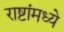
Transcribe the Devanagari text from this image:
राष्टांमध्ये